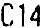
C14